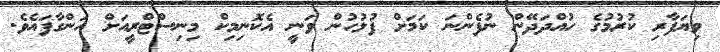
ވިޔަފާރި ކުރުމުގެ ހުއްދަދޭން ނުފެންނަ ކަމަށް ފުލުހުން ވަނީ އެކޮނިމިކް މިނިސްޓްރީއަށް އަންގާފައެވެ.